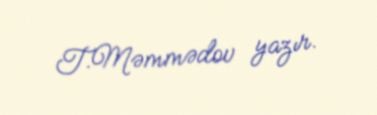
T.Məmmədov yazır.